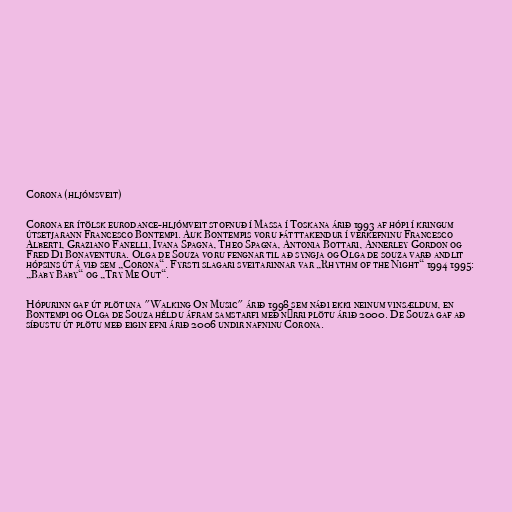
Corona (hljómsveit)

Corona er ítölsk eurodance-hljómveit stofnuð í Massa í Toskana árið 1993 af hópi í kringum
útsetjarann Francesco Bontempi. Auk Bontempis voru þátttakendur í verkefninu Francesco
Alberti, Graziano Fanelli, Ivana Spagna, Theo Spagna, Antonia Bottari, Annerley Gordon og
Fred Di Bonaventura. Olga de Souza voru fengnar til að syngja og Olga de souza varð andlit
hópsins út á við sem „Corona“. Fyrsti slagari sveitarinnar var „Rhythm of the Night“ 1994 1995:
„Baby Baby“ og „Try Me Out“.

Hópurinn gaf út plötuna "Walking On Music" árið 1998 sem náði ekki neinum vinsældum, en
Bontempi og Olga de Souza héldu áfram samstarfi með nýrri plötu árið 2000. De Souza gaf að
síðustu út plötu með eigin efni árið 2006 undir nafninu Corona.